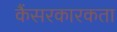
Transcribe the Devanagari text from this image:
कैंसरकारकता